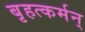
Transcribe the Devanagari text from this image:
बृहत्कर्मन्